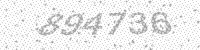
Solution: 894736